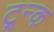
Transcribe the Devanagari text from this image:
ट्र्न्क